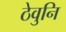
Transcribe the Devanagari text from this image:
ठेवुनि